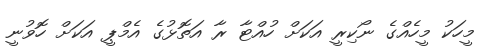
މީހަކު މީހެއްގެ ނޯކިރީ އަކަށް ހުއްޓާ ރާ އަތޮޅުގެ އެމްޕީ އަކަށް ހޮވުނީ